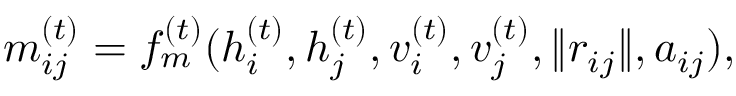
{ m } _ { i j } ^ { ( t ) } = f _ { m } ^ { ( t ) } ( h _ { i } ^ { ( t ) } , h _ { j } ^ { ( t ) } , v _ { i } ^ { ( t ) } , v _ { j } ^ { ( t ) } , \| { r } _ { i j } \| , a _ { i j } ) ,